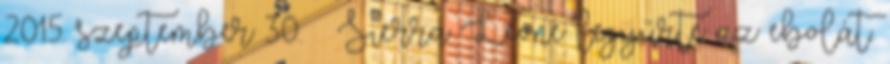
2015. szeptember 30. ↑ Sierra Leone legyűrte az ebolát.